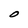
Character: O